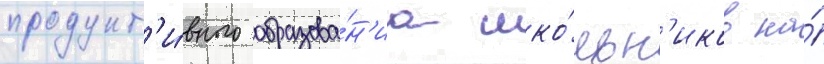
продукт'и́вного образова́н'иа шко́льн'иков на́